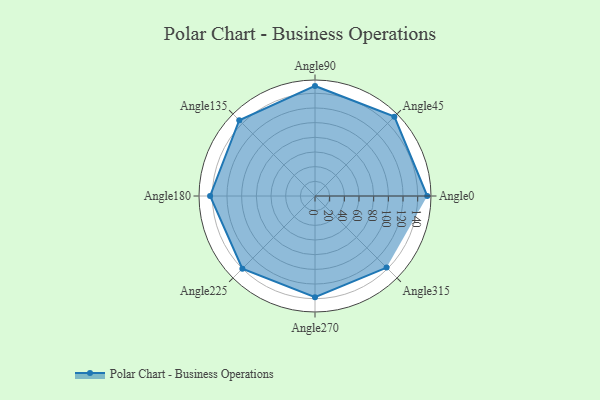
{"axis": {"x": "Angle", "y": "Radius"}, "legend": [""], "data": [{"x": "Angle0", "y": 153.0, "type": ""}, {"x": "Angle45", "y": 153.0, "type": ""}, {"x": "Angle90", "y": 150.0, "type": ""}, {"x": "Angle135", "y": 146.0, "type": ""}, {"x": "Angle180", "y": 143.0, "type": ""}, {"x": "Angle225", "y": 140.0, "type": ""}, {"x": "Angle270", "y": 138.0, "type": ""}, {"x": "Angle315", "y": 138.0, "type": ""}]}